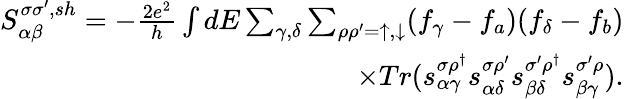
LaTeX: \begin{array}{r}{{S_{\alpha\beta}^{\sigma\sigma^{\prime},sh}}=-\frac{2e^{2}}{h}\int dE\sum_{\gamma,\delta}\sum_{\rho\rho^{\prime}=\uparrow,\downarrow}(f_{\gamma}-f_{a})(f_{\delta}-f_{b})}\\ {\times Tr(s_{\alpha\gamma}^{\sigma\rho^{\dagger}}s_{\alpha\delta}^{\sigma\rho^{\prime}}s_{\beta\delta}^{\sigma^{\prime}\rho^{\dagger}}s_{\beta\gamma}^{\sigma^{\prime}\rho}).}\end{array}